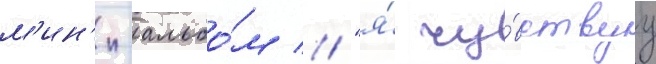
м'ин'и-альбо́м // "я́ чу́вствуу